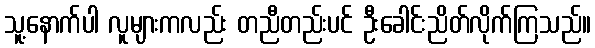
သူ့နောက်ပါ လူများကလည်း တညီတည်းပင် ဦးခေါင်းညိတ်လိုက်ကြသည်။